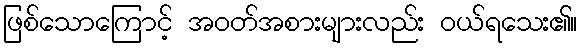
ဖြစ်သောကြောင့် အဝတ်အစားများလည်း ဝယ်ရသေး၏။